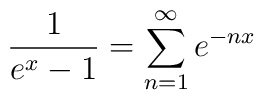
\frac{1}{e^x-1}= \sum_{n=1}^{\infty} e^{-n x}